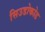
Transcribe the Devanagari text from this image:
सिउडोकोड